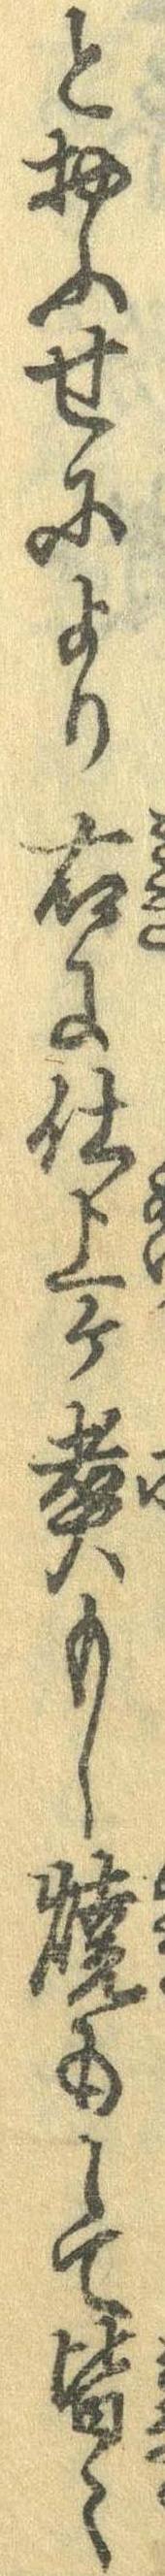
とおふせにより右に仕上ケ煮もし焼もして皆々